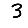
Digit: 3